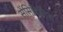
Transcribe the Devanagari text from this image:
सेंसिबिलिस